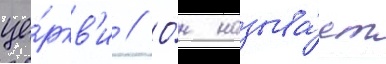
це́ркв'и // О́н называ́ет